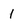
Character: 1